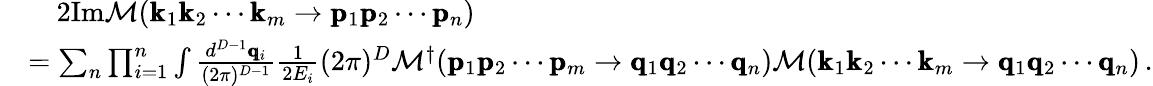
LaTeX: \begin{array}{rl}&{\quad 2\mathrm{Im}\mathcal{M}(\pmb{\mathrm{k}}_{1}\pmb{\mathrm{k}}_{2}\cdots\pmb{\mathrm{k}}_{m}\rightarrow\pmb{\mathrm{p}}_{1}\pmb{\mathrm{p}}_{2}\cdots\pmb{\mathrm{p}}_{n})}\\ &{=\sum_{n}\prod_{i=1}^{n}\int\frac{d^{D-1}\pmb{\mathrm{q}}_{i}}{(2\pi)^{D-1}}\frac{1}{2E_{i}}(2\pi)^{D}\mathcal{M}^{\dagger}(\pmb{\mathrm{p}}_{1}\pmb{\mathrm{p}}_{2}\cdots\pmb{\mathrm{p}}_{m}\rightarrow\pmb{\mathrm{q}}_{1}\pmb{\mathrm{q}}_{2}\cdots\pmb{\mathrm{q}}_{n})\mathcal{M}(\pmb{\mathrm{k}}_{1}\pmb{\mathrm{k}}_{2}\cdots\pmb{\mathrm{k}}_{m}\rightarrow\pmb{\mathrm{q}}_{1}\pmb{\mathrm{q}}_{2}\cdots\pmb{\mathrm{q}}_{n})\, .}\end{array}